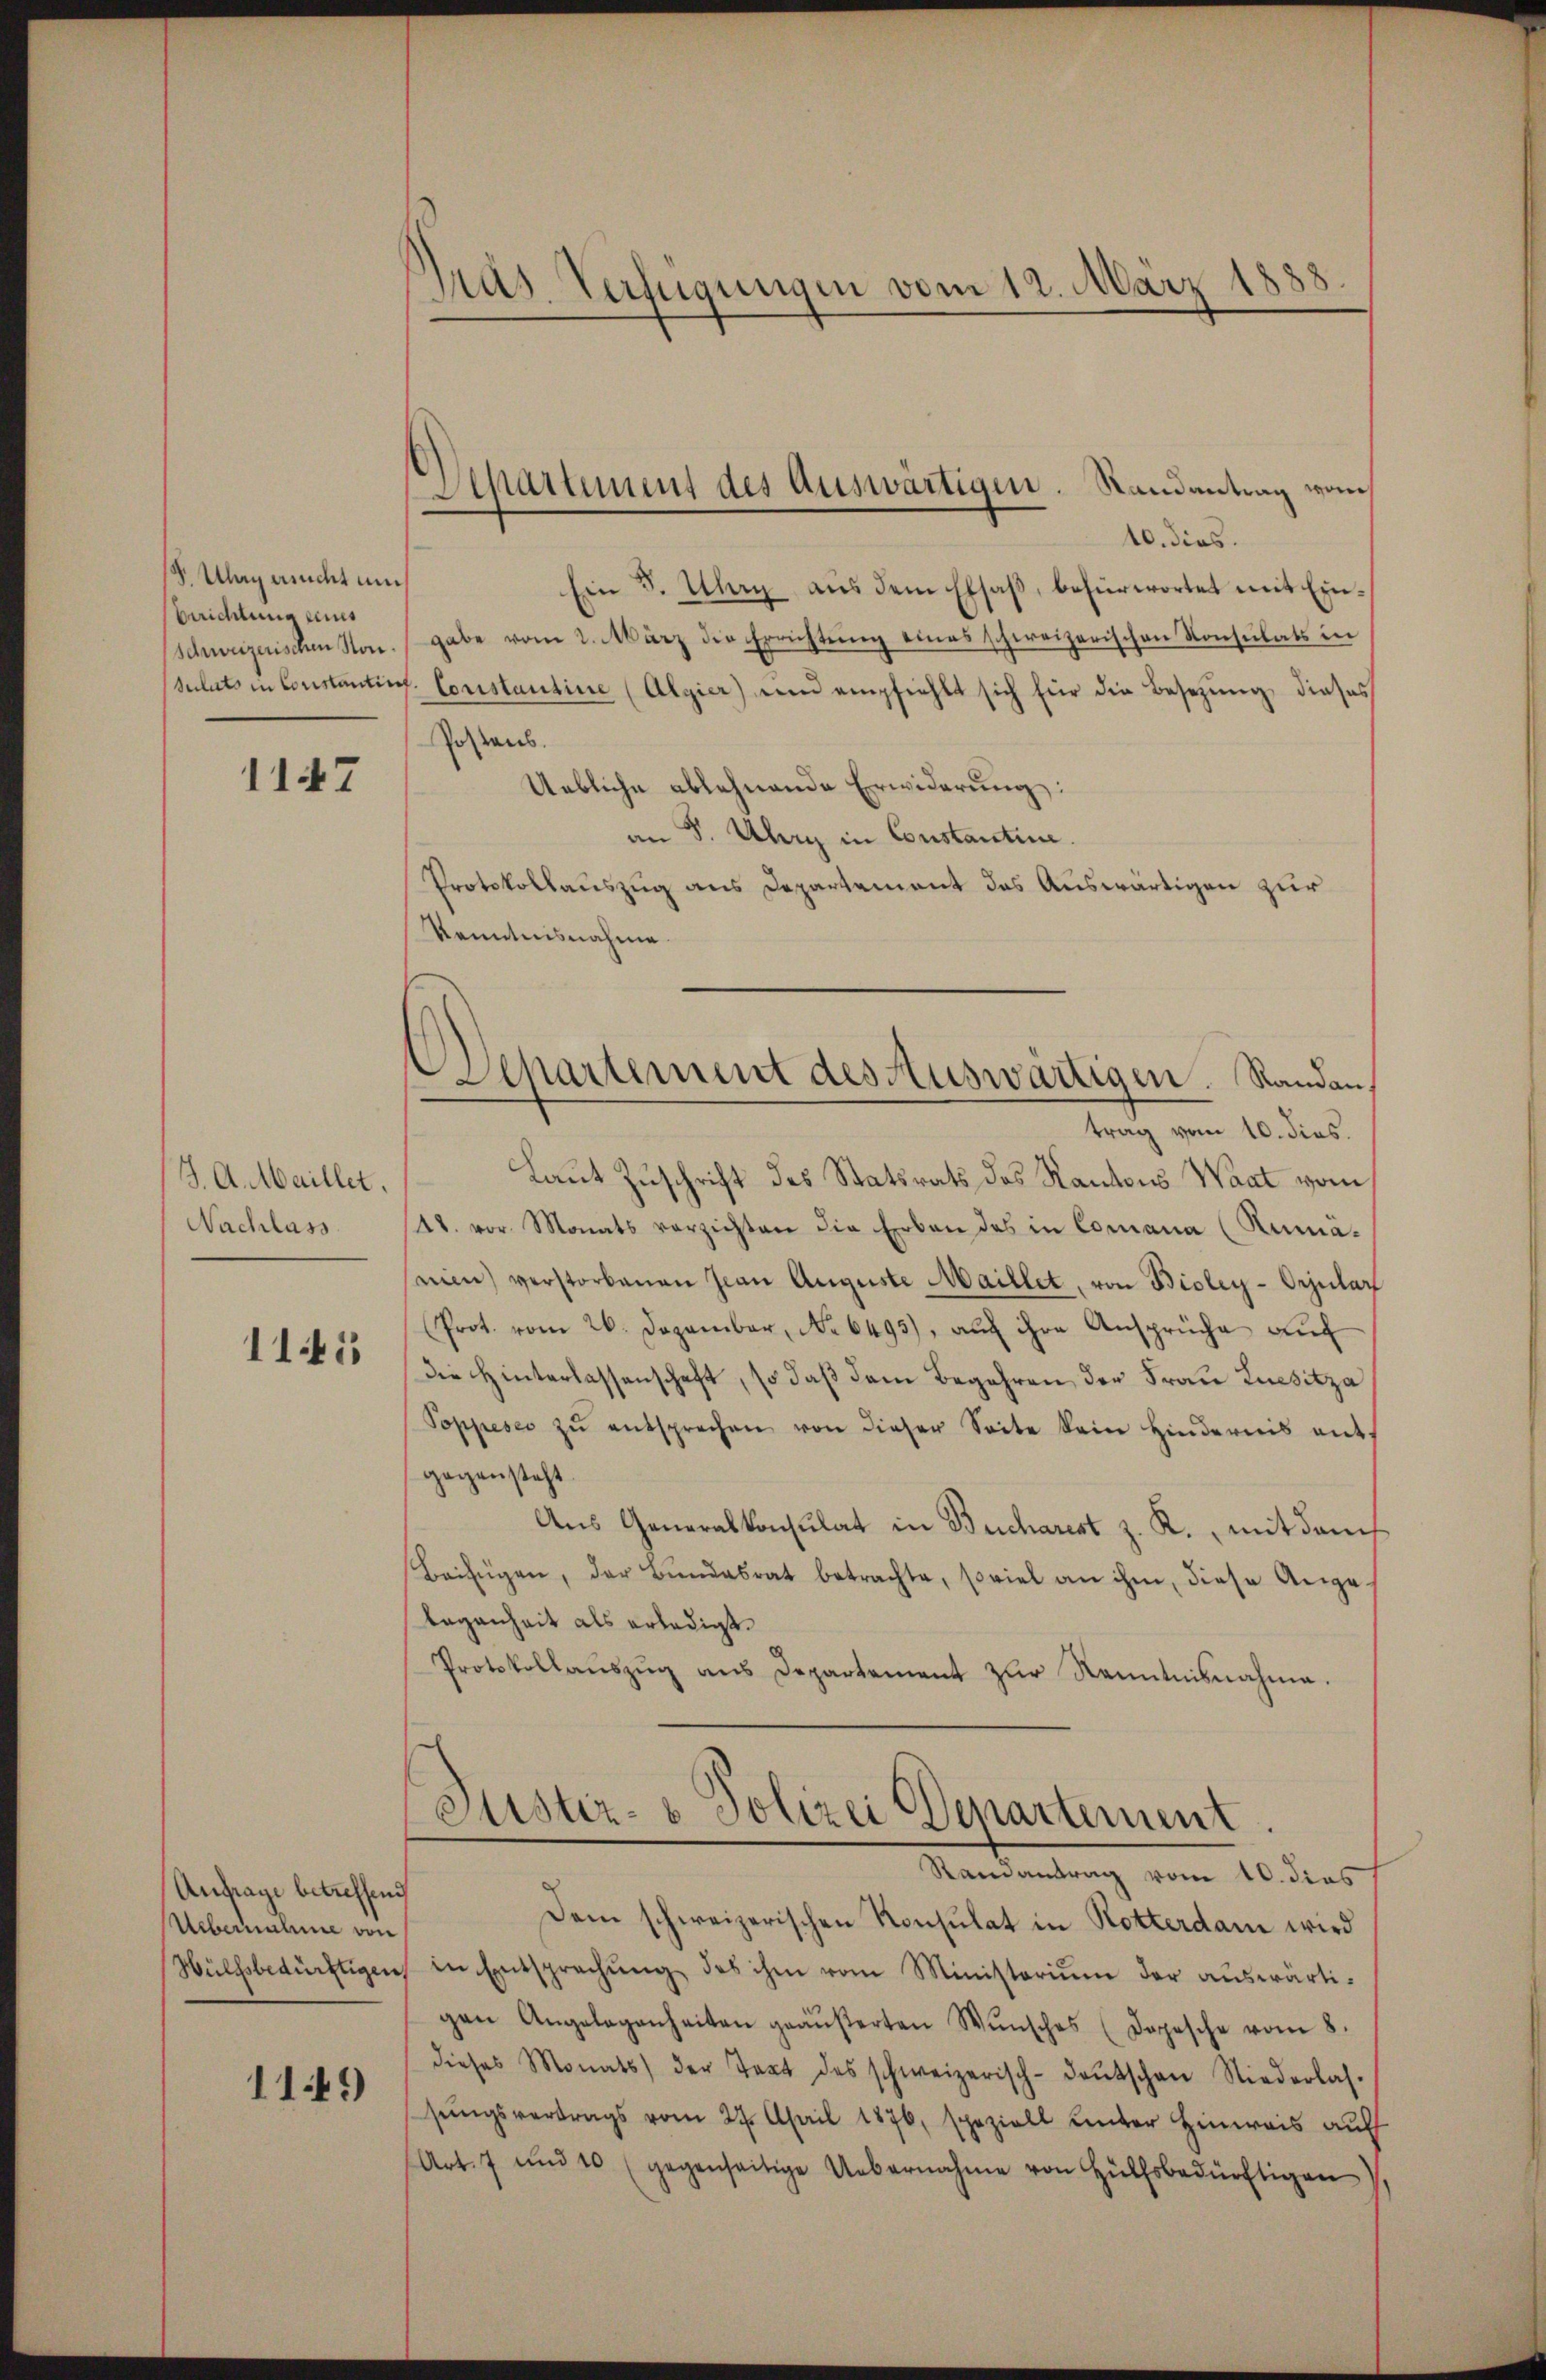
S. Ulag aucht um
Berichtung eines
Schweizerischen Sonsulato in Constantin

1147

J. A. Maillet.
Nachlass

115

Anfrage betreffend
Uebernahme von
Wülfsbedürftigen

1149)

Gras Verfügungen vom 12. März 1888

Separtement des Auswärtigen. Randantrag vom

Departement des Auswärtigen. Randan
trag vom 10. dies.

10. dies.
Ein 5. Uri aus dem Elsaβ, befürwortet mit Ein-
gabe vom 2. März die Errichtŭng eines schweizerischen Konsulats in
f. Constantine (Algier) um empfiehlt sich für die Besetzŭng dieses
Postens.
Uebliche ablehnende Erwiderung:
an 8. Uhr in Constantine.
Protokollauszug aus Departement das Auswärtigen zur
Kenntnisnahme
Laut Zuschrift des Statsrats des Kantons Waat vom
41. vor. Monats verzichten die Erben des in Comana (Rumanien) verstorbenen Jean Auguste Maillet, von Bioley-Orjular
(Prot. vom 26. Dezember, No 6495), aŭf ihre Ansprüche auf
die Hinterlassenschaft, so daß dem Begehren der Frau Luesitza
Poppeses zŭ entsprechen von dieser Seite kein Hindernis ent
gegensteht.
Aus Generalkonsulat in Bucharest z. K. mit dems
Beifügen, der Bŭndesrat betrachte, soviel an ihm, diese Ange
legenheit als erledigt.
Protokollaŭszŭg ans Departement zŭr Kenntnisnahme.
Justiz- & Polizei Departement
Randantrag vom 10. dies
Dem schweizerischen Konsulat in Rotterdam wird
in Entsprechŭng des ihm vom Ministerium der auswärtigen Angelegenheiten geäŭβerten Wŭnsches (Dopesche vom 8.
dieses Monats der Text des schweizerisch-deŭtschen Niederlas.
sungsvertrags vom 27. April 1876, speziell unter Hinweis auf
(Art. 7 und 10 (gegenseitige Uebernahme von Hülfsbedürftigen)